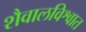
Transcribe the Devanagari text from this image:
शैवालविश्वात